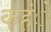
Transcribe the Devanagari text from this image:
कहंे